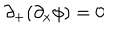
LaTeX: \partial _ { + } ( \partial _ { x } \phi ) = 0